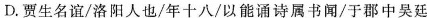
D贾生名谊/洛阳人也/年十八“以能通诗属书闻/于那中吴廷